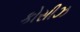
કોસીઝ